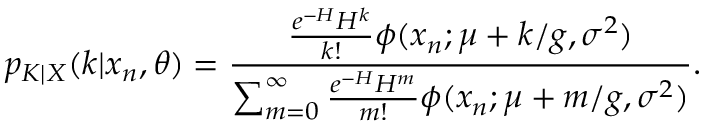
p _ { K | X } ( k | x _ { n } , \theta ) = \frac { \frac { e ^ { - H } H ^ { k } } { k ! } \phi ( x _ { n } ; \mu + k / g , \sigma ^ { 2 } ) } { \sum _ { m = 0 } ^ { \infty } \frac { e ^ { - H } H ^ { m } } { m ! } \phi ( x _ { n } ; \mu + m / g , \sigma ^ { 2 } ) } .